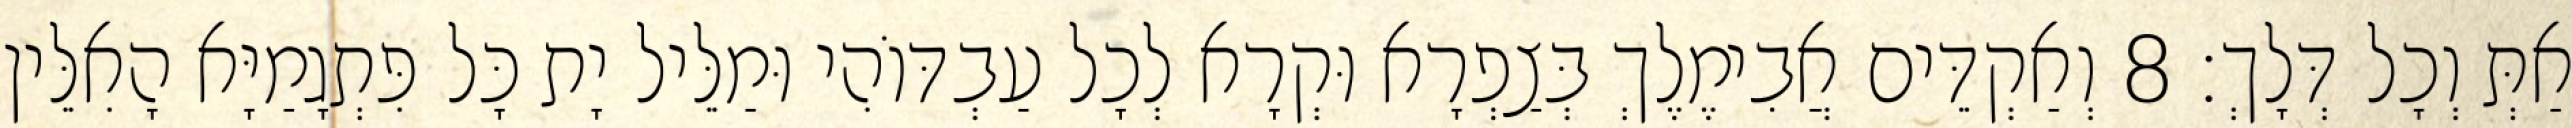
אַתְּ וְכָל דְּלָךְ׃ 8 וְאַקְדֵּים אֲבִימֶלֶךְ בְּצַפְרָא וּקְרָא לְכָל עַבְדּוֹהִי וּמַלֵּיל יָת כָּל פִּתְגָמַיָּא הָאִלֵּין